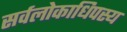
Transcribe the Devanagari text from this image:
सर्वलोकाधिपस्य